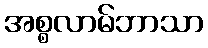
အစ္စလာမ်ဘာသာ